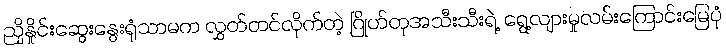
ညှိနှိုင်းဆွေးနွေးရုံသာမက လွှတ်တင်လိုက်တဲ့ ဂြိုဟ်တုအသီးသီးရဲ့ ရွေ့လျားမှုလမ်းကြောင်းမြေပုံ